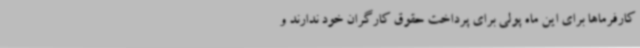
کارفرماها برای این ماه پولی برای پرداخت حقوق کارگران خود ندارند و